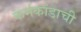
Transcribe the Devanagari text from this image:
कर्मकांडाची